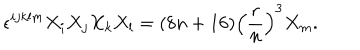
LaTeX: \epsilon ^ { i j k l m } X _ { i } X _ { j } X _ { k } X _ { l } = ( 8 n + 1 6 ) \left( \frac { r } { n } \right) ^ { 3 } X _ { m } .